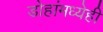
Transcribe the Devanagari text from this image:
डोहांमध्येही